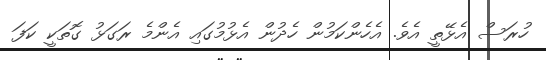
ހުރަސް އެޅޭތީ އެވެ. އެހެންކަމުން ހެދުން އެޅުމުގައި އެންމެ ރަގަޅު ގޮތަކީ ކަފަ